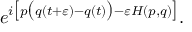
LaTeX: e ^ { i { \big [ } p { \big ( } q ( t + \varepsilon ) - q ( t ) { \big ) } - \varepsilon H ( p , q ) { \big ] } } .